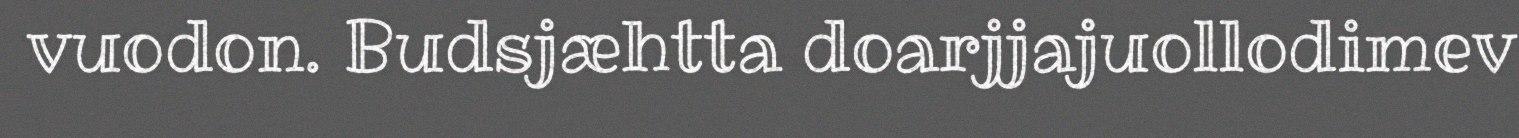
vuodon. Budsjæhtta doarjjajuollodimev